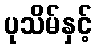
ပုသိမ်နှင့်